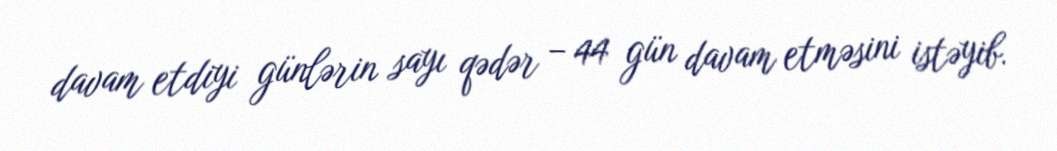
davam etdiyi günlərin sayı qədər – 44 gün davam etməsini istəyib.